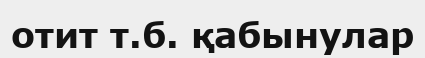
отит т.б. қабынулар